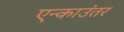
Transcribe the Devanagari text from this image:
एन्काउंतर